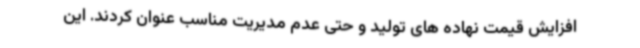
افزایش قیمت نهاده های تولید و حتی عدم مدیریت مناسب عنوان کردند. این